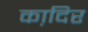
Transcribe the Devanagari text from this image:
का़दिर